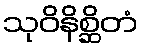
သုဝိနိစ္ဆိတံ